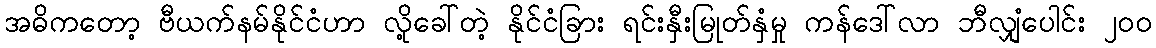
အဓိကတော့ ဗီယက်နမ်နိုင်ငံဟာ လို့ခေါ်တဲ့ နိုင်ငံခြား ရင်းနှီးမြုတ်နှံမှု ကန်ဒေါ်လာ ဘီလျှံပေါင်း ၂၀၀